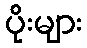
ပိုးများ